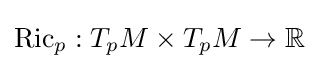
\operatorname {Ric} _{p}:T_{p}M\times T_{p}M\to \mathbb {R}